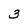
Character: 3